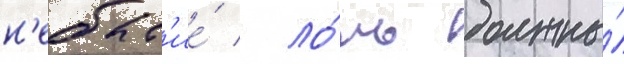
н'ебыт'ие́ / ло́жь должны́